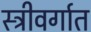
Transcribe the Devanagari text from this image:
स्त्रीवर्गात